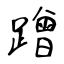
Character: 蹭